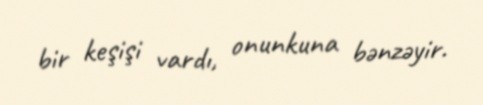
bir keşişi vardı, onunkuna bənzəyir.